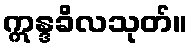
ဣန္ဒခိလသုတ်။